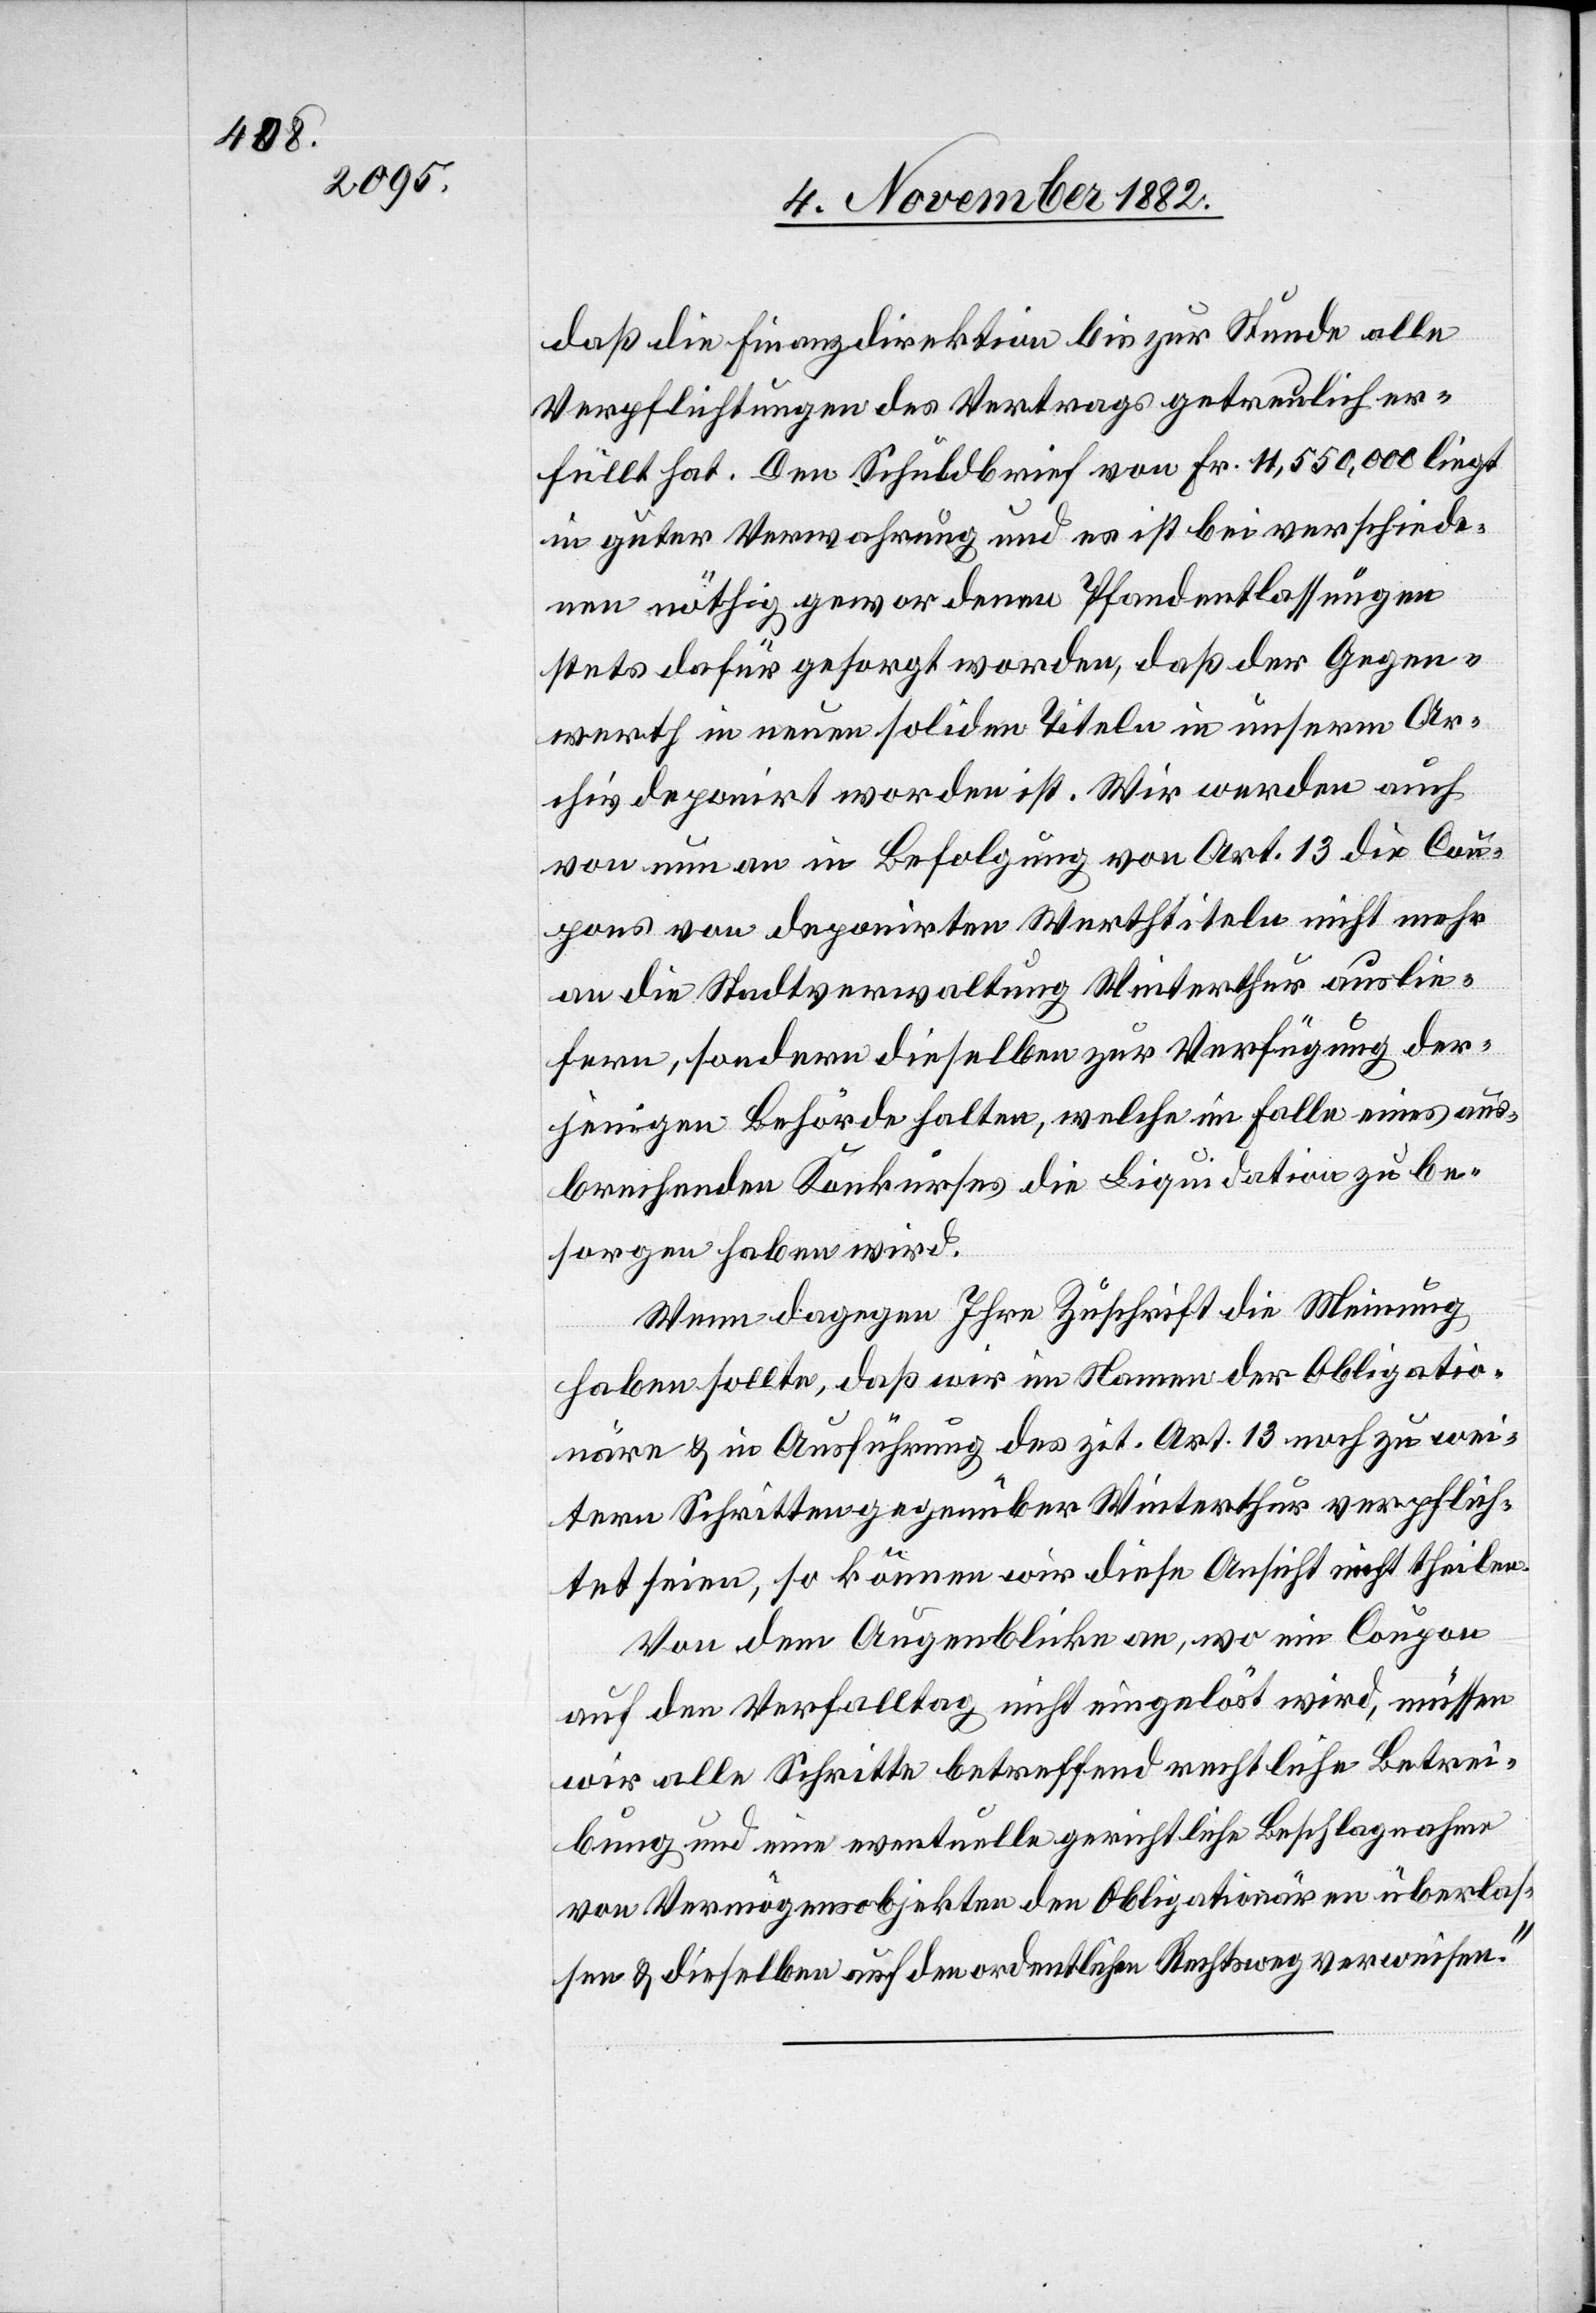
daß die Finanzdirektion bis zur Stunde alle
Verpflichtungen des Vertrages getreulich er¬
füllt hat. Den Schuldbrief von Fr. 11,550,000 liegt
in guter Verwahrung und es ist bei verschiede¬
nen nöthig gewordenen Pfandentlassungen
stets dafür gesorgt worden, daß der Gegen¬
werth in neuen soliden Titeln in unserm Ar¬
chiv deponirt worden ist. Wir werden auch
von nun an in Befolgung von Art. 13 die Cou¬
pons von deponirten Werthtiteln nicht mehr
an die Stadtverwaltung Winterthur auslie¬
fern, sondern dieselben zur Verfügung der¬
jenigen Behörde halten, welche im Falle eins aus¬
brechenden Konkurses die Liquidation zu be¬
sorgen haben wird.
Wenn dagegen Ihre Zuschrift die Meinung
haben sollte, daß wir im Namen der Obligatio¬
näre & in Ausführung des zit. Art. 13 noch zu wei¬
tern Schritten gegenüber Winterthur verpflich¬
tet seien, so können wir diese Ansicht nicht theilen.
Von dem Augenblicke an, wo ein Coupon
auf den Verfalltag nicht eingelöst wird, müssen
wir alle Schritte betreffend rechtliche Betrei¬
bung und eine eventuelle gerichtliche Beschlagnahme
von Vermögensobjekten den Obligationären überlas¬
sen & dieselben auf den ordentlichen Rechtsweg verweisen.“